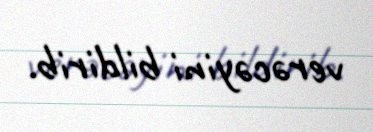
verəcəyini bildirib.